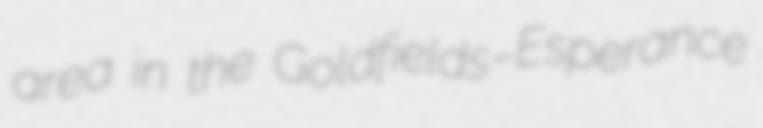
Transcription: area in the Goldfields–Esperance